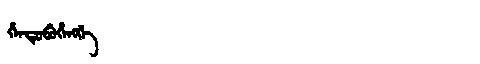
Manchu: ᡥᡝᠨᡩᡠᠪᡠᡥᡝᠩᡤᡝ
Romanization: HENDUBUHENGGE